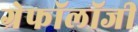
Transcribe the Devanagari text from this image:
ग्रेफॉलॉजी